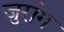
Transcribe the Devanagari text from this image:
जुरांग